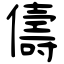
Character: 儔